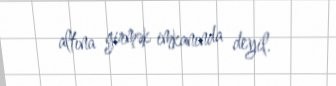
altına girmək imkanında deyil.